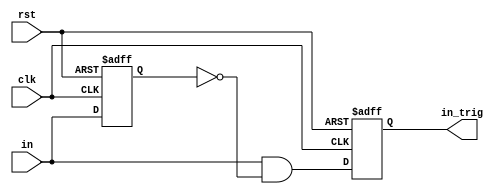
module oneshot(clk, rst, in, in_trig);
input clk, rst;
input in;
output reg in_trig;
reg in_reg;
always @(posedge clk or negedge rst)
begin
    if(!rst) begin
        in_reg <= 1'b0;
        in_trig <= 1'b0;
    end
    else begin
        in_reg <= in;
        in_trig <= in & ~in_reg;
    end
end
endmodule